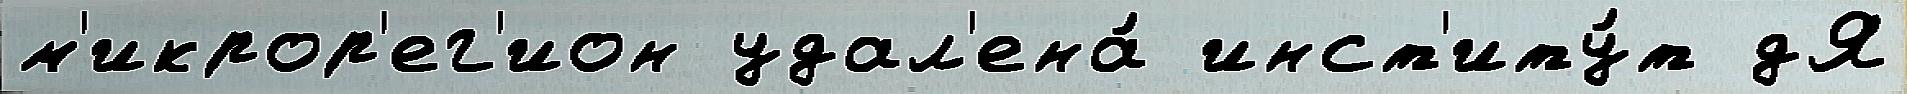
м'икрор'ег'ион удал'ена́ инст'иту́т дЯ